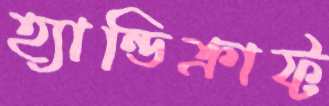
হ্যান্ডিক্রাফ্ট